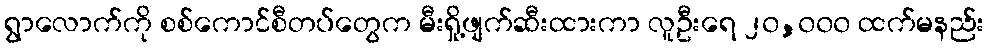
ရွာလောက်ကို စစ်ကောင်စီတပ်တွေက မီးရှို့ဖျက်ဆီးထားကာ လူဦးရေ ၂၀,၀၀၀ ထက်မနည်း